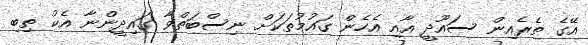
އޭގެ ތެރެއިން ސައޫދީ އާއި އެހެން ގައުމުތަކަށް ނިސްބަތްވާ ގައިދީންނާ އެކު ތިބި